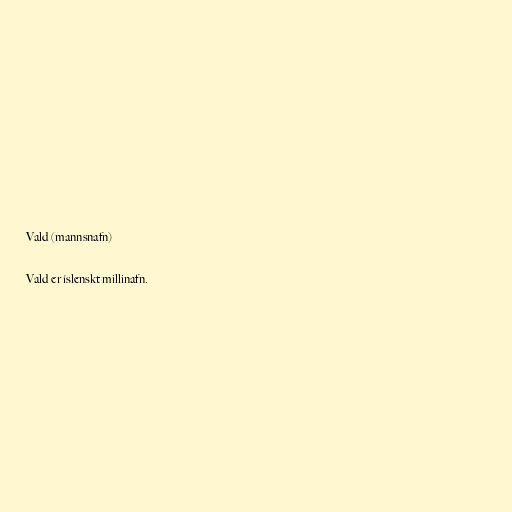
Vald (mannsnafn)

Vald er íslenskt millinafn.